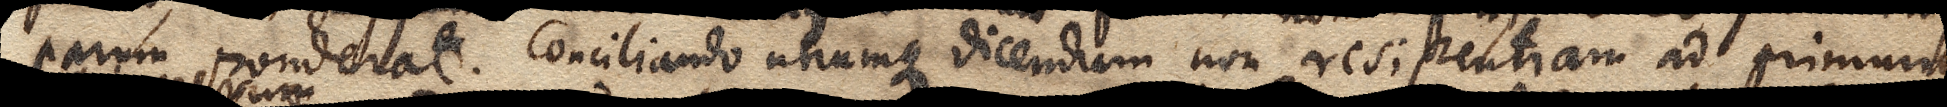
parum ponderat. Conciliando utrumque dicendum non resistentiam ad primum